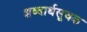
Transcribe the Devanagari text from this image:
शब्दार्थसूचक